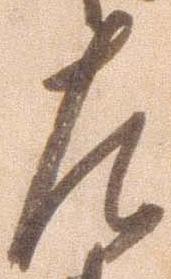
左